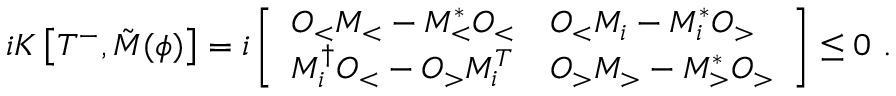
\begin{array} { r } { i K \left[ T ^ { - } , \tilde { M } ( { \phi } ) \right] = i \left[ \begin{array} { l l } { O _ { < } M _ { < } - M _ { < } ^ { * } O _ { < } } & { O _ { < } M _ { i } - M _ { i } ^ { * } O _ { > } } \\ { M _ { i } ^ { \dagger } O _ { < } - O _ { > } M _ { i } ^ { T } } & { O _ { > } M _ { > } - M _ { > } ^ { * } O _ { > } } \end{array} \right] \leq 0 \ . } \end{array}